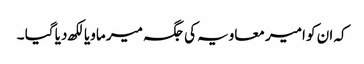
کہ ان کو امیر معاویہ کی جگہ میر ماویا لکھ دیا گیا ۔